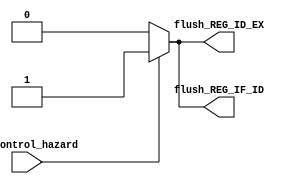
module Control_HazardDetection(
    input wire        is_control_hazard,       //1为产生控制冒险

    //清除信号
    output wire       flush_REG_ID_EX,
    output wire       flush_REG_IF_ID
);
    
    //静态分支预测:总是预测不跳转，一旦预测错误即清除flush IF/ID, ID/EX
    assign flush_REG_ID_EX = is_control_hazard? 1'b1 :1'b0;
    assign flush_REG_IF_ID = is_control_hazard? 1'b1 :1'b0;

endmodule